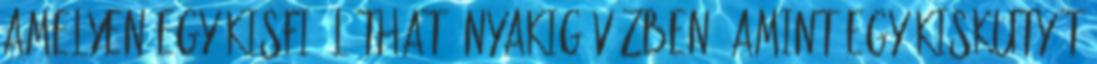
amelyen egy kisfiú látható nyakig vízben, amint egy kiskutyát